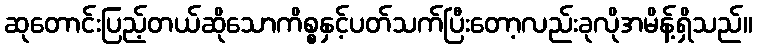
ဆုတောင်းပြည့်တယ်ဆိုသောကိစ္စနှင့်ပတ်သက်ပြီးတော့လည်းခုလိုအမိန့်ရှိသည်။